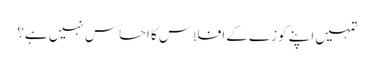
تمہیں اپنے کوزے کے افلاس کا احساس نہیں ہے؟